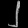
Digit: ၂